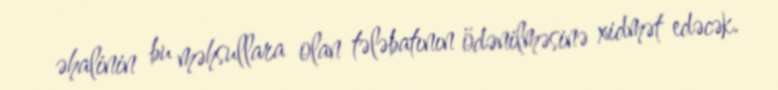
əhalinin bu məhsullara olan tələbatının ödənilməsinə xidmət edəcək.